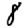
Digit: 8